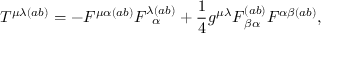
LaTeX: T ^ { \mu \lambda ( a b ) } = - F ^ { \mu \alpha ( a b ) } F _ { \, \, \, \, \alpha } ^ { \lambda ( a b ) } + \frac { 1 } { 4 } g ^ { \mu \lambda } F _ { \, \beta \alpha } ^ { ( a b ) } F ^ { \alpha \beta ( a b ) } ,